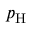
p _ { \mathrm { H } }